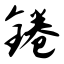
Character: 锩